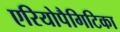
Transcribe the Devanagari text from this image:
एरियोपैगिटिका